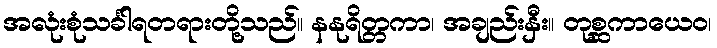
အလုံးစုံသင်္ခါရတရားတို့သည်။ နနုရိတ္တကာ၊ အချည်းနှီး။ တုစ္ဆကာယေဝ၊